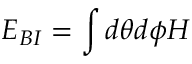
{ \cal E } _ { B I } = \int d \theta d \phi { \cal H }